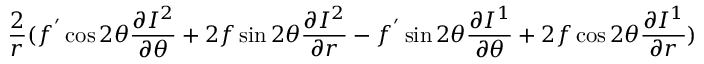
\frac { 2 } { r } ( f ^ { ' } \cos 2 \theta \frac { \partial I ^ { 2 } } { \partial \theta } + 2 f \sin 2 \theta \frac { \partial I ^ { 2 } } { \partial r } - f ^ { ' } \sin 2 \theta \frac { \partial I ^ { 1 } } { \partial \theta } + 2 f \cos 2 \theta \frac { \partial I ^ { 1 } } { \partial r } ) \nonumber